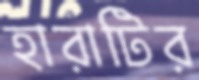
হারাটির